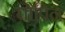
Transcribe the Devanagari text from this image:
चौपिन